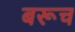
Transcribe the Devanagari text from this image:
बरूच